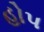
હોપ